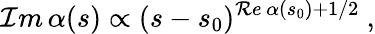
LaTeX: {\cal I}m\, \alpha(s)\propto(s-s_{0})^{{\cal R}e\, \alpha(s_{0})+1/2}\ ,